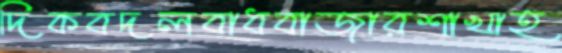
দিকবদলবাধবাজারশাখাহ